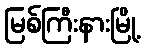
မြစ်ကြီးနားမြို့